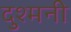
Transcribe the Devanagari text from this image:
दुश्‍मनी